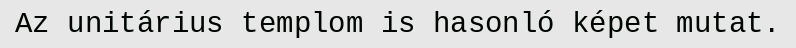
Az unitárius templom is hasonló képet mutat.